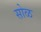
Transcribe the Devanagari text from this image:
सोळ